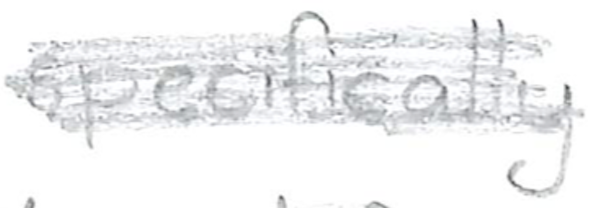
Text: specifically
Cross-out: scratch
Writing tool: pencil